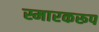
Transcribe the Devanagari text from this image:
स्मारकरूप